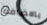
بالاضافة